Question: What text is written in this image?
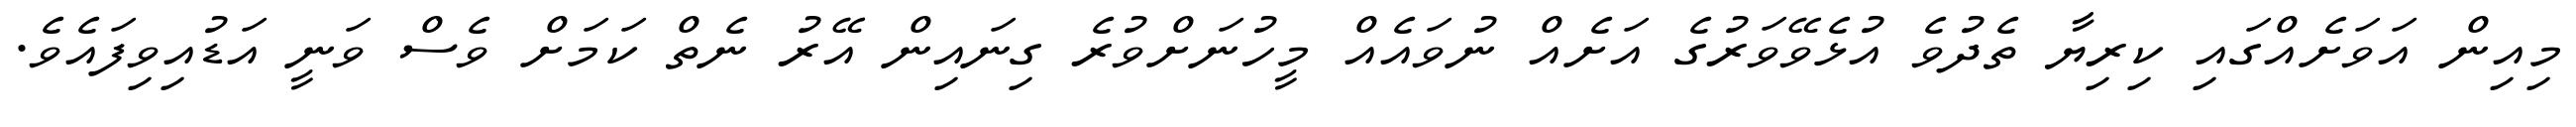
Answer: މިއިން އަވަށެއްގައި ކިރިޔާ ތެދުވެ އުޅެވޭވަރުގެ އަށެއް ނުވައެއް މީހުނަށްވުރެ ގިނައިން އޭރު ނެތް ކަމަށް ވެސް ވަނީ އަޑުއިވިފައެވެ.